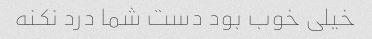
خیلی خوب بود دست شما درد نکنه